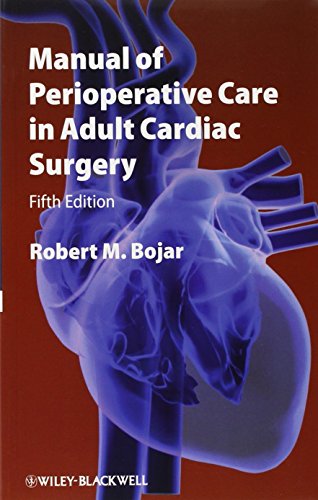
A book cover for Manual of Perioperative Care in Adult Cardiac Surgery; Robert M. Bojar; Medical Books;